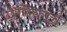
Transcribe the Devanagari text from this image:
प्रेमिकांचे